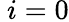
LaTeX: \ {i=0}